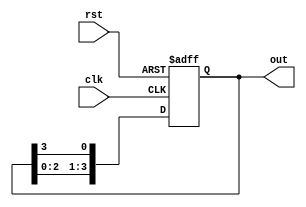
module ring_counter (
    input clk,
    input rst,
    output reg [3:0] out
);

reg [3:0] next_out;

always @ (posedge clk or posedge rst) begin
    if (rst) begin
        out <= 4'b0001;
    end else begin
        out <= next_out;
    end
end

always @* begin
    next_out = {out[2:0], out[3]};
end

endmodule